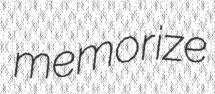
memorize